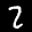
Label: 2